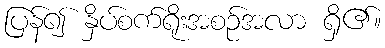
ပြန်၍ နှိပ်စက်ရိုးအစဉ်အလာ ရှိ၏။